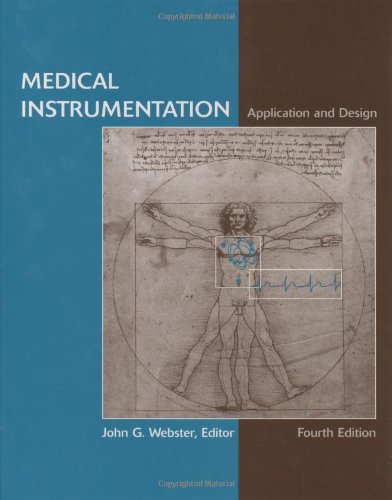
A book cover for Medical Instrumentation Application and Design; John G. Webster; Medical Books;